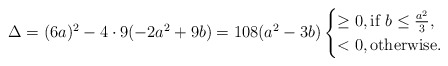
\begin{align*}\Delta=(6a)^2-4\cdot 9(-2 a^2 + 9 b)=108 (a^2 - 3 b)\begin{cases}\geq 0,\mbox{if $b\leq \frac{a^2}{3}$},\\<0,\mbox{otherwise.}\end{cases}\end{align*}